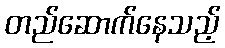
တည်ဆောက်နေသည့်